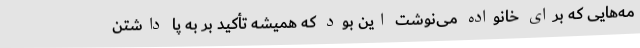
مه‌هایی که برای خانواده می‌نوشت این بود که همیشه تأکید بر به پا داشتن